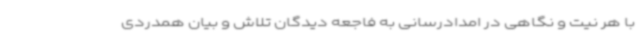
با هر نیت و نگاهی در امدادرسانی به فاجعه دیدگان تلاش و بیان همدردی